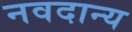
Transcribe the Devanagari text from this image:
नवदान्य